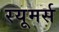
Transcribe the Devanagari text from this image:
रयूमर्स